system: You are a helpful assistant.
user:
Analyze the provided spectrum to determine if it is a **"Cataclysmic Variables (CV)"**.

- **Key Indicators for CV (Check for either state):**
    - **State 1: Quiescent / Low-State (Emission-Dominated)**
        - **(Primary):** Strong and *very broad* Hydrogen Balmer emission lines (e.g., $H\alpha$ at 6563 Å, $H\beta$ at 4861 Å). The 'broadness' (high velocity dispersion, often FWHM > 1000 km/s) is the key diagnostic, indicating a high-velocity accretion disk.
        - **(Secondary):** Broad neutral Helium (He I) emission lines (e.g., 5876 Å, 6678 Å).
        - **(Key Confirmation):** Presence of high-excitation *ionized* Helium (He II) emission at 4686 Å. This is a strong indicator of accretion onto a white dwarf.
        - **(Line Profile):** Emission lines may exhibit a 'double-peaked' profile, which is a classic signature of a rotating accretion disk viewed at high inclination.

    - **State 2: Outburst / High-State (Absorption-Dominated)**
        - **(Primary):** Spectrum is dominated by a bright, blue continuum (looks like a hot star).
        - **(Secondary):** The emission lines from State 1 are weak, absent, or 'filled in', and are replaced by broad, shallow *absorption* lines (primarily Balmer and He I).
        - **(Morphology):** The overall spectrum mimics a hot B/A-type star. The crucial difference is that the absorption lines are significantly broader, shallower, and more 'washed-out' (or 'smeared') than the sharp lines of a normal stellar photosphere, due to high rotational speeds and pressure broadening in the disk.

Think first, call **spectral_visualization_tool** if needed to examine features in detail, then provide your final answer. Your response must adhere to the following strict rules:
1.  **Overall Structure:** Your response must follow the format `<think>...</think> <tool_call>...</tool_call> (if a tool is used) <answer>...</answer>`.
2.  **Tool Usage Constraint:** You may only make **one** tool call per turn.
3.  **Final Answer Format:** In the `<answer>` tag, your conclusion must be inside a `\boxed{}` command (e.g., `\boxed{YES}`), followed by your justification.

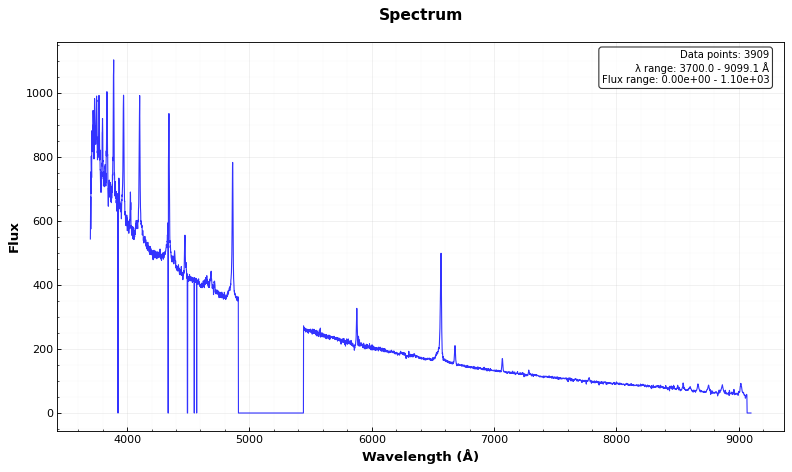
Answer: YES